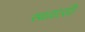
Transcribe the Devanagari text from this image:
स्थळासी